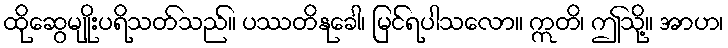
ထိုဆွေမျိုးပရိသတ်သည်။ ပဿတိနုခေါ၊ မြင်ရပါသလော။ ဣတိ၊ ဤသို့။ အာဟ၊